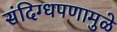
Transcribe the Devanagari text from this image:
संदिग्धपणामुळे